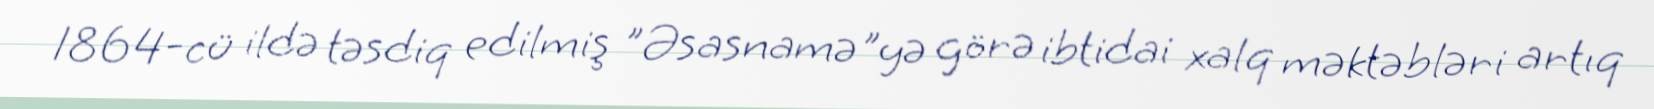
1864-cü ildə təsdiq edilmiş "Əsasnamə"yə görə ibtidai xalq məktəbləri artıq